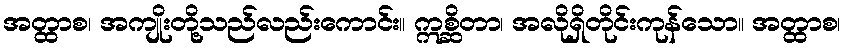
အတ္ထာစ၊ အကျိုးတို့သည်လည်းကောင်း။ ဣစ္ဆိတာ၊ အလိုရှိတိုင်းကုန်သော။ အတ္ထာစ၊